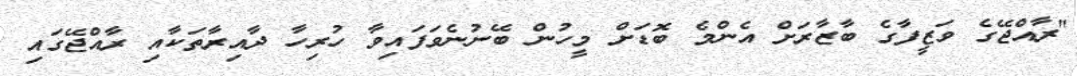
"ރާއްޖޭގެ ވަޒީފާގެ ބާޒާރަށް އެންމެ ބޮޑަށް މީހުން ބޭނުނެވަފައިވާ ހުރިހާ ދާއިރާތަކާއި ރާއްޖޭގައި